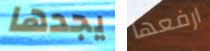
يجدها ارفعها